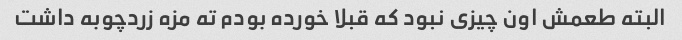
البته طعمش اون چیزی نبود که قبلا خورده بودم ته مزه زردچوبه داشت